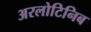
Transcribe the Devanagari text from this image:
अरलोटिनिब